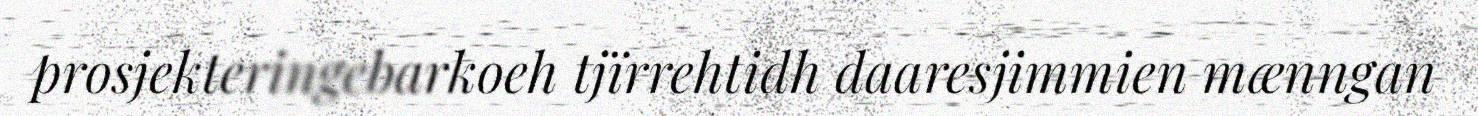
prosjekteringebarkoeh tjïrrehtidh daaresjimmien mænngan